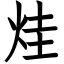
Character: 烓